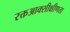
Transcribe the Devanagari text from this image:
रक्तआक्सीक्षीणता